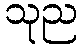
သုည